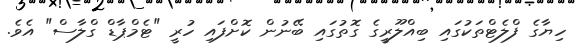
ހިޔާގެ ފްލެޓްތަކުގައި ބިއްލޫރީގެ ގޮތުގައި ބޭނުން ކޮށްފައި ހުރީ "ޓެމްޕާޑް ގްލާސް" އެވެ.